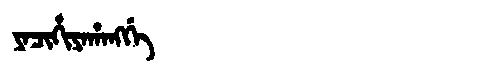
Manchu: ᠶᠠᠴᡳᡥᡳᠶᠠᡥᠠᠩᡤᡝ
Romanization: YACIHIYAHANGGE